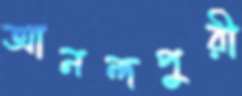
আনন্দপুরী